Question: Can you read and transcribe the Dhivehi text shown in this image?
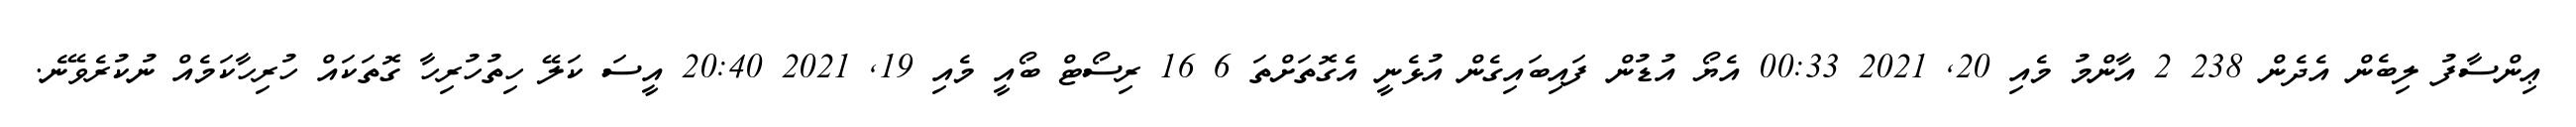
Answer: ޢިންސާފު ލިބެން އެދެން 238 2 އާންމު މެއި 20, 2021 00:33 އެޔޯ އުޑުން ފައިބައިގެން އުޅެނީ އެގޮތަށްތަ 6 16 ރިސޯޓް ބޯއީ މެއި 19, 2021 20:40 އީސަ ކަލޭ ހިތުހުރިހާ ގޮތަކައް ހުރިހާކަމެއް ނުކުރެވޭނެ.